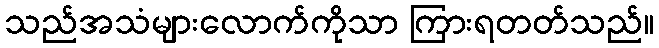
သည်အသံများလောက်ကိုသာ ကြားရတတ်သည်။